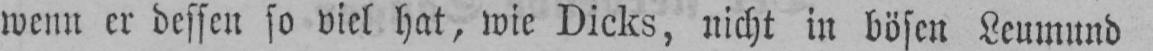
wenn er dessen so viel hat, wie Dicks, nicht in bösen Leumund